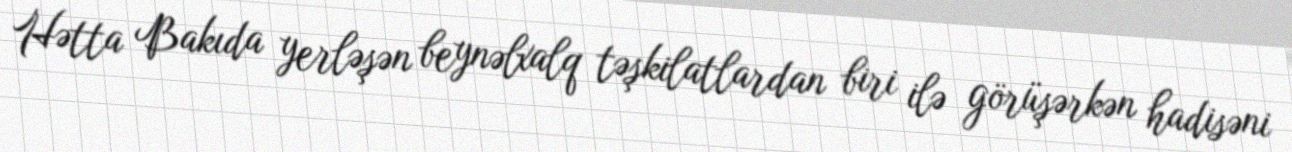
Hətta Bakıda yerləşən beynəlxalq təşkilatlardan biri ilə görüşərkən hadisəni